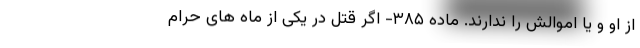
از او و یا اموالش را ندارند. ماده ۳۸۵- اگر قتل در یکی از ماه های حرام